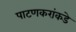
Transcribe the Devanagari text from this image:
पाटणकरांकडे